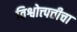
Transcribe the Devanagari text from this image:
विश्वोत्त्पत्तीचा